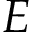
E